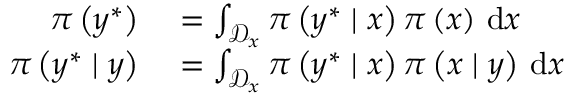
\begin{array} { r l } { \pi \left( \boldsymbol { y } ^ { \ast } \right) } & { { } = \int _ { \mathcal { D } _ { \boldsymbol { x } } } \pi \left( \boldsymbol { y } ^ { \ast } \mid \boldsymbol { x } \right) \pi \left( \boldsymbol { x } \right) \, \mathrm { d } \boldsymbol { x } } \\ { \pi \left( \boldsymbol { y } ^ { \ast } \mid \boldsymbol { y } \right) } & { { } = \int _ { \mathcal { D } _ { \boldsymbol { x } } } \pi \left( \boldsymbol { y } ^ { \ast } \mid \boldsymbol { x } \right) \pi \left( \boldsymbol { x } \mid \boldsymbol { y } \right) \, \mathrm { d } \boldsymbol { x } } \end{array}